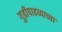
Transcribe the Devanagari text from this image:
गुढीपाढव्याच्या